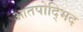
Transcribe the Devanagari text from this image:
आतपोद्भिद